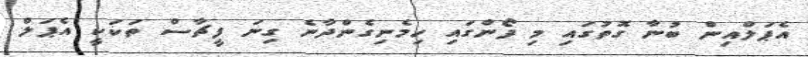
އެޕަލްއިން ބުނާ ގޮތުގައި މި ފޯންގައި ހިމެނިގެންދާނެ ގިނަ ފީޗާސް ތަކަކީ އެޕަލް